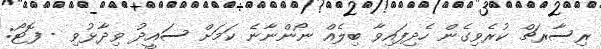
ރިސާރޗް ކުރެވިގެން ހެދިފައިވާ ބިލެއް ނޯންނާނެ ކަމަށް ސައީދު ވިދާޅުވި - ފޮޓޯ: